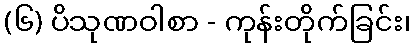
(၆) ပိသုဏဝါစာ - ကုန်းတိုက်ခြင်း၊